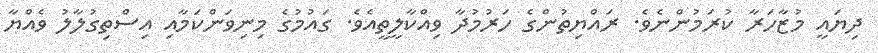
ދިޔައީ މުޒާހަރާ ކުރަމުންނެވެ. ރައްޔިތުންގެ ހަރުމުދާ ވިއްކާލީތީއެވެ. ގައުމުގެ މިނިވަންކަމާއި އިސްތިގުލާލު ވެއްޔާ